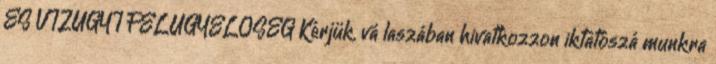
ÉS VÍZÜGYI FELÜGYELŐSÉG Kérjük, vá laszában hivatkozzon iktatószá munkra